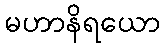
မဟာနိရယော